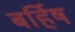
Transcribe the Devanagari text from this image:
बर्हिष